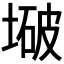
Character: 𫮒